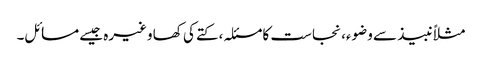
مثلاً نبیذ سے وضوء، نجاست کا مسئلہ، کتے کی کھا وغیرہ جیسے مسائل۔